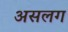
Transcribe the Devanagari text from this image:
असलग